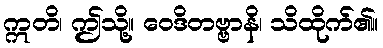
ဣတိ၊ ဤသို့။ ဝေဒိတဗ္ဗာနိ၊ သိထိုက်၏။